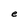
Character: e